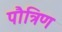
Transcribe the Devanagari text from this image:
पौत्रिण